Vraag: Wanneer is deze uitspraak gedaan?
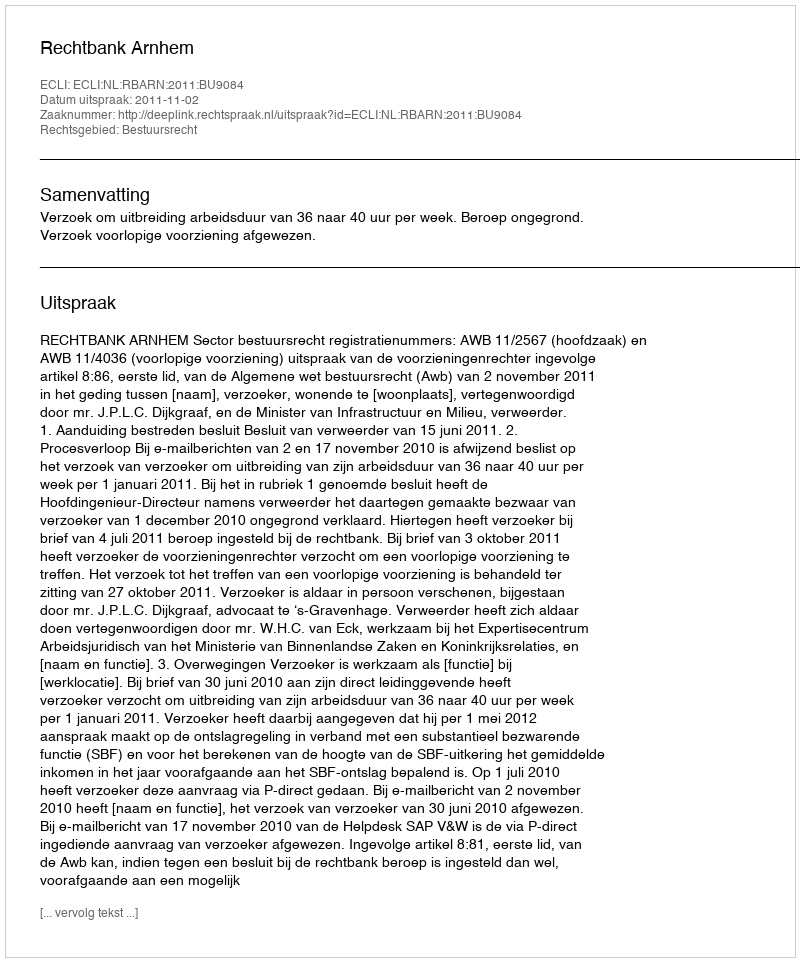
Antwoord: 2011-11-02